Scottish Leaving Certificate Examination, 1960
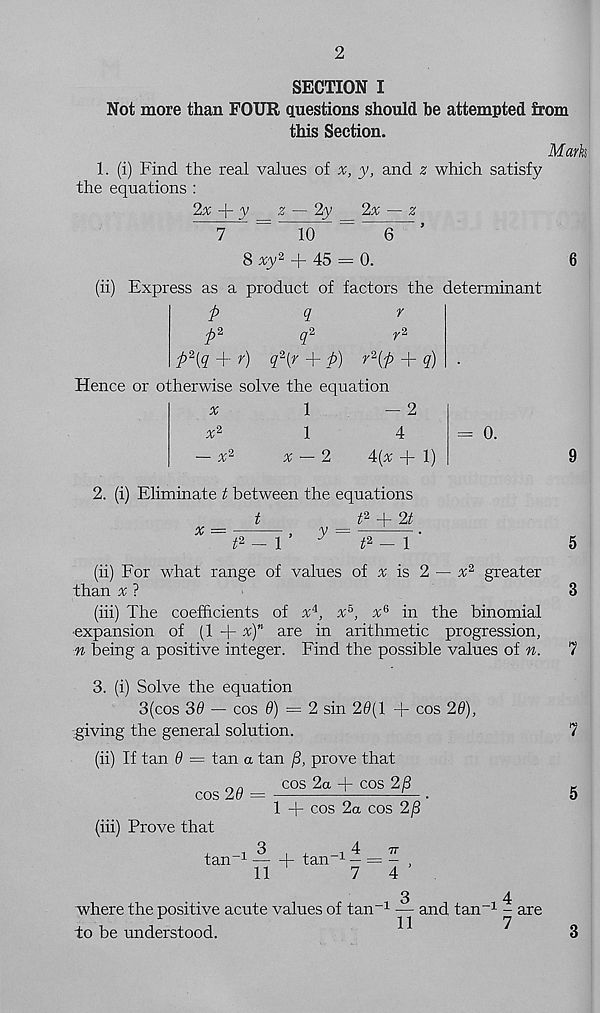
2
SECTION I
Not more than FOUR questions should he attempted from
this Section.
Mark
1. (i) Find the real values of x, y, and z which satisfy
the equations :
2x
y _ z — 2y _ 2% — z
7
~
10
~
6
’
8 xy 2 + 45 — 0.
(ii) Express as a product of factors the determinant
p
q
r
p 2
q 2
r 2
p\q + r) q 2 {r + p) r 2 {p + q)
Hence or otherwise solve the equation
*
1
- 2
x*
1
x — 2
4
4(x + 1)
= 0.
2. (i) Eliminate t between the equations
t
t 2 + 2t
x =
,
y =
.
t 2~\
t 2 - 1
5
(ii) For what range of values of ^ is 2 — x 2 greater
than % ?
(iii) The coefficients of x 4 , x 5 , x 6 in the binomial
•expansion of (1 + x) n are in arithmetic progression,
n being a positive integer. Find the possible values of n.
3. (i) Solve the equation
3(cos 30 — cos 0) = 2 sin 20(1 + cos 26),
giving the general solution.
(ii) If tan d = tan a tan + prove that
cos 2a + cos 28
cos 20 =
— .
1 + cos 2a cos 2/3
(iii) Prove that
tan -1 — + tan -1 — = -
11
7
4
where the positive acute values of tan -1 — and tan -1 - are
11
7
to be understood.
3
7
7
5
3